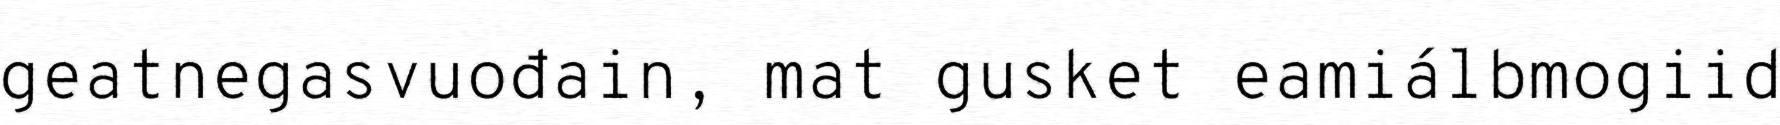
geatnegasvuođain, mat gusket eamiálbmogiid